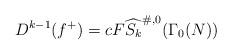
LaTeX: \begin{align*}D^{k-1}(f^{+})=cF \widehat{S_{k}}^{\#, 0}( \Gamma _{0}( N) )\end{align*}